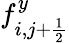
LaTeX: f_{i,j+\frac{1}{2}}^{y}